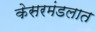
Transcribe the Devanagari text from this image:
केसरमंडलात